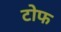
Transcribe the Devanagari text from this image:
टोफ